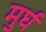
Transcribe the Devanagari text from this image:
मुर्घ